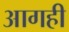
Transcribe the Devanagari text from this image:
आगही